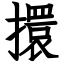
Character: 擐